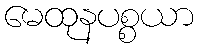
မေထုနပစ္စယာ